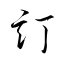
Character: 訂